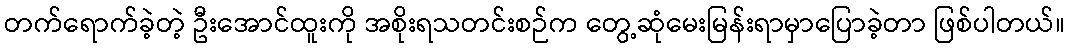
တက်ရောက်ခဲ့တဲ့ ဦးအောင်ထူးကို အစိုးရသတင်းစဉ်က တွေ့ဆုံမေးမြန်းရာမှာပြောခဲ့တာ ဖြစ်ပါတယ်။